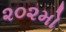
૨૦૨મો